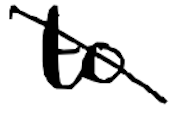
Text: to
Cross-out: diagonal
Writing tool: digital_black